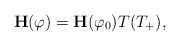
\begin{align*}\mathbf{H}(\varphi)=\mathbf{H}(\varphi_{0})T(T_{+}), \end{align*}